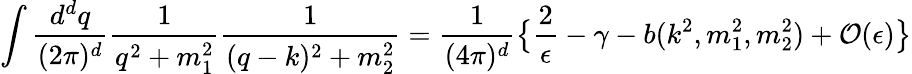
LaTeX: \int{\frac{d^{d}q}{(2\pi)^{d}}}{\frac{1}{q^{2}+m_{1}^{2}}}{\frac{1}{(q-k)^{2}+m_{2}^{2}}}={\frac{1}{(4\pi)^{d}}}\big\{ {\frac{2}{\epsilon}}-\gamma-b(k^{2},m_{1}^{2},m_{2}^{2})+{\cal O}(\epsilon)\big\}